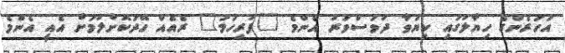
އަހަރެންގެ ހިޔާލުގައި ކިޔަވާ ދުވަސްވަރު އެންމެ "ފުރިހަމަ" ރެއެއް ހޭދަކޮށްލުމަށް އެއީ އެންމެ